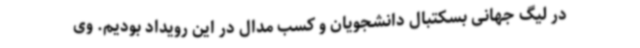
در لیگ جهانی بسکتبال دانشجویان و کسب مدال در این رویداد بودیم. وی